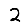
Digit: 2